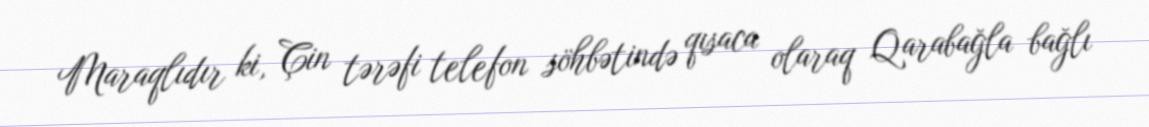
Maraqlıdır ki, Çin tərəfi telefon söhbətində qısaca olaraq Qarabağla bağlı